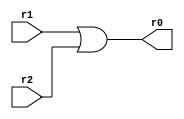
module or_operator(r0, r1, r2);
input[31:0] r1, r2;
output[31:0] r0;

assign r0 = r1 | r2;

endmodule